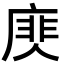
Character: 𢊎